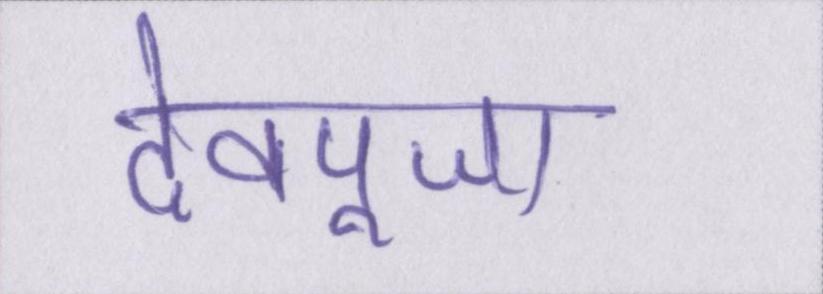
देवपूजा